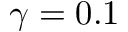
\gamma = 0 . 1